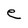
Character: e